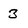
Character: 3